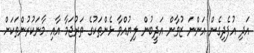
އަދި އުފެދިގެން އަންނަ ޒުވާން އަދީބުން ލިޔުއްވާ ޅެންތަކުގެ ތަރުޖަމާ އާއި މާނަކުރުންތަކަށް